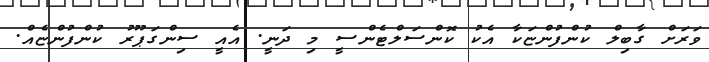
ވަރަށް ގާބިލް ކުންފުންޏަކާ އެކު ކޮންސަލްޓެންސީ މި ދަނީ. އެއީ ސިންގަޕޫރު ކުންފުންޏެއް.